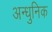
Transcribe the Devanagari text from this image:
अन्धुनिक